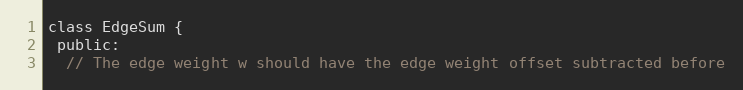
Language: C
class EdgeSum {
 public:
  // The edge weight w should have the edge weight offset subtracted before